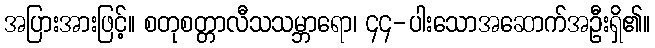
အပြားအားဖြင့်။ စတုစတ္တာလီသသမ္ဘာရော၊ ၄၄-ပါးသောအဆောက်အဦးရှိ၏။